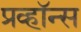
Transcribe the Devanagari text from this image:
प्रव्हॉन्स